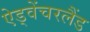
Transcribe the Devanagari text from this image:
ऐड्वेंचरलैंड